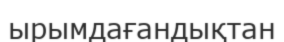
ырымдағандықтан